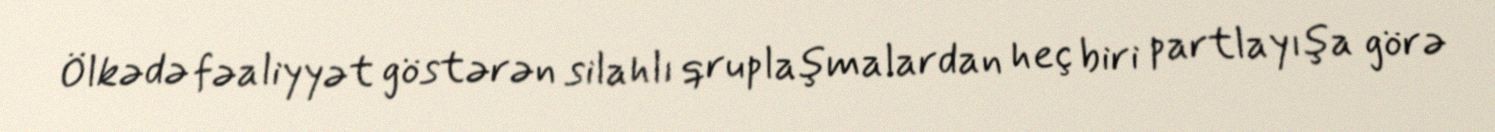
Ölkədə fəaliyyət göstərən silahlı qruplaşmalardan heç biri partlayışa görə